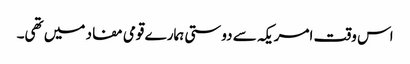
اس وقت امریکہ سے دوستی ہمارے قومی مفاد میں تھی۔